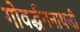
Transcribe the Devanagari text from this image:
गोवर्द्धननाथजी